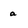
Character: a